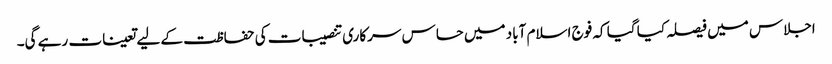
اجلاس میں فیصلہ کیا گیا کہ فوج اسلام آباد میں حساس سرکاری تنصیبات کی حفاظت کے لیے تعینات رہے گی۔